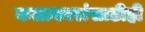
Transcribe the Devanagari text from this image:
कलाकारांसाठीही